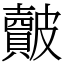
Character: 皾